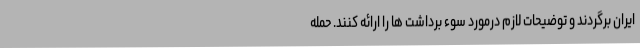
ایران برگردند و توضیحات لازم درمورد سوء برداشت ها را ارائه کنند. حمله